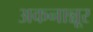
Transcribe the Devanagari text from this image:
अकनान्नूर